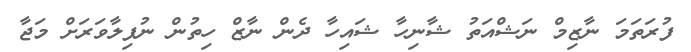
ފުރަތަމަ ނާޒިމް ނަޝްއަތު ޝާނިހާ ޝައިހާ ދެން ނާޒް ހިތުން ނުފިލާވަރަށް މަޖާ